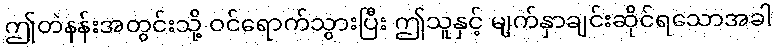
ဤတဲနန်းအတွင်းသို့ ဝင်ရောက်သွားပြီး ဤသူနှင့် မျက်နှာချင်းဆိုင်ရသောအခါ